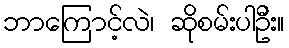
ဘာကြောင့်လဲ၊ ဆိုစမ်းပါဦး။